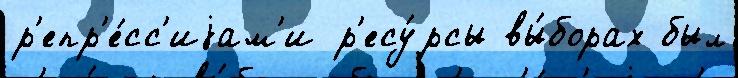
р'епр'е́сс'иjам'и р'есу́рсы вы́борах был